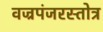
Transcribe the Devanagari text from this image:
वज्रपंजरस्तोत्र